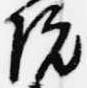
院